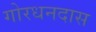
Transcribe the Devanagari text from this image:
गोरधनदास